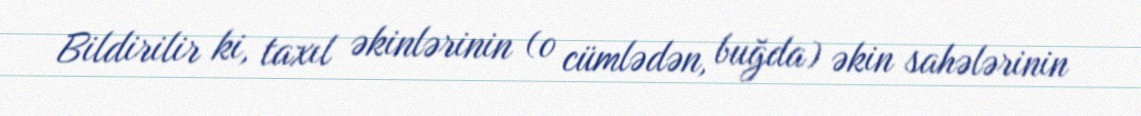
Bildirilir ki, taxıl əkinlərinin (o cümlədən, buğda) əkin sahələrinin